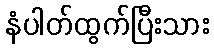
နံပါတ်ထွက်ပြီးသား